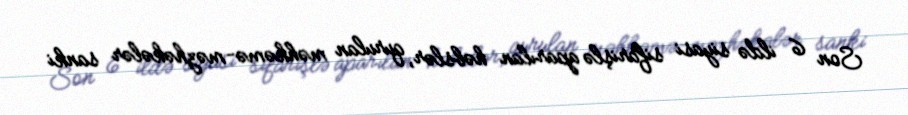
Son 6 ildə siyasi sifarişlə aparılan həbslər, qurulan məhkəmə-məzhəkələr sanki